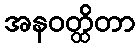
အနဝတ္ထိတာ